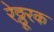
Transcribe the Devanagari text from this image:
रेठ्ठूरक